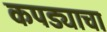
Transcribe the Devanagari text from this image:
कपड्याचा